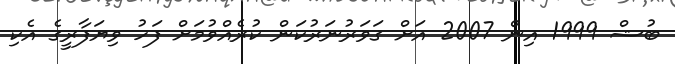
ބުޝް 1999 އިން 2007 އަށް ގަވަރުނަރުކަން ކުރެއްވުމަށް ފަހު ވިޔަފާރީގެ އެކި